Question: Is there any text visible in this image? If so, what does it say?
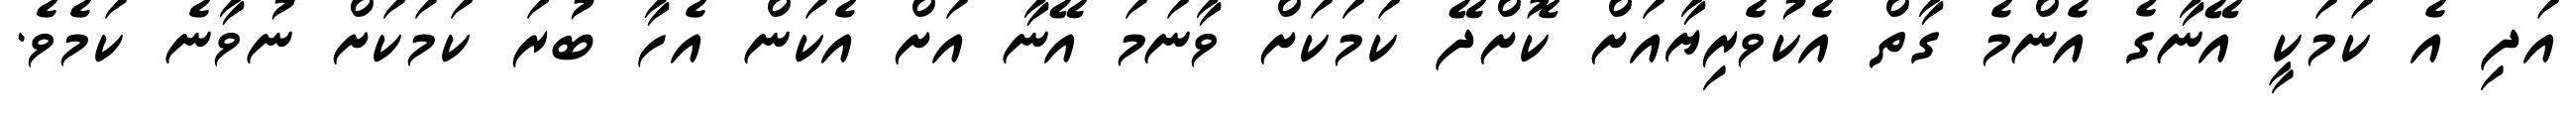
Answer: އަދި އެ ކަމަކީ އޭނާގެ އެންމެ ގާތް އެކުވެރިޔާއަށް ކޮށްދޭ ކަމަކަށް ވާނަމަ އޭނާ އަށް އެކަން އެހާ ބުރަ ކަމަކަށް ނުވާނެ ކަމެވެ.